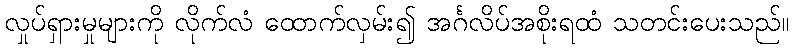
လှုပ်ရှားမှုများကို လိုက်လံ ထောက်လှမ်း၍ အင်္ဂလိပ်အစိုးရထံ သတင်းပေးသည်။